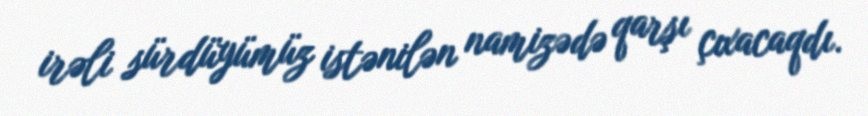
irəli sürdüyümüz istənilən namizədə qarşı çıxacaqdı.